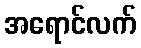
အရောင်လက်